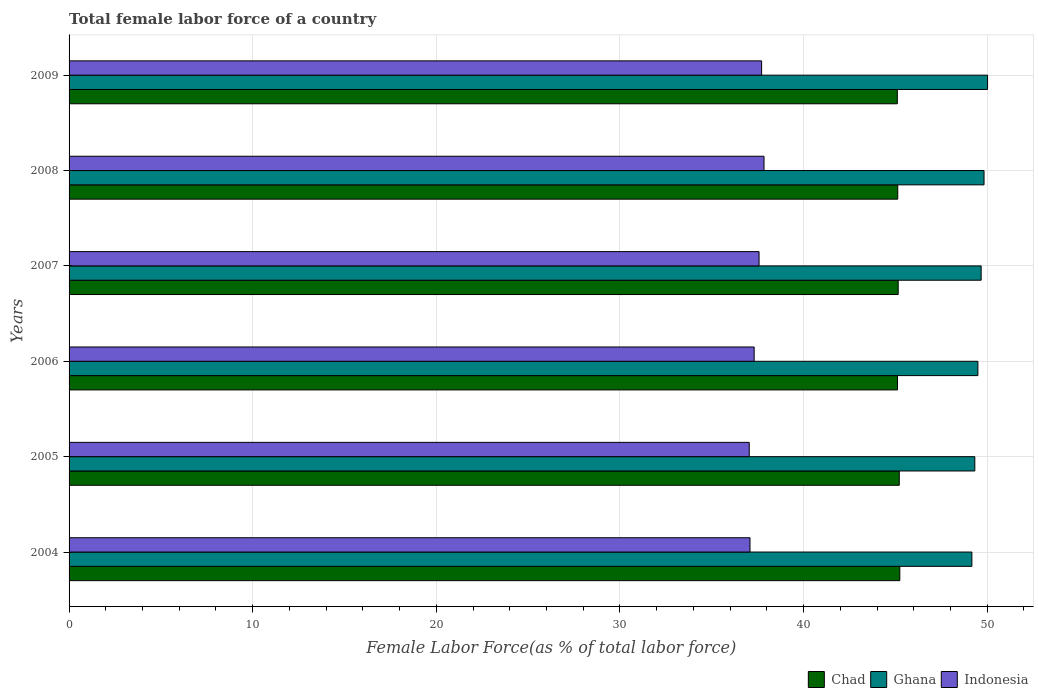
| Years | Chad | Ghana | Indonesia |
 | --- | --- | --- | --- |
 | 2004 | 45.2 | 49.2 | 37.1 |
 | 2005 | 45.2 | 49.3 | 37 |
 | 2006 | 45.1 | 49.5 | 37.3 |
 | 2007 | 45.2 | 49.7 | 37.6 |
 | 2008 | 45.1 | 49.8 | 37.8 |
 | 2009 | 45.1 | 50 | 37.7 |